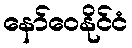
နော်ဝေနိုင်ငံ